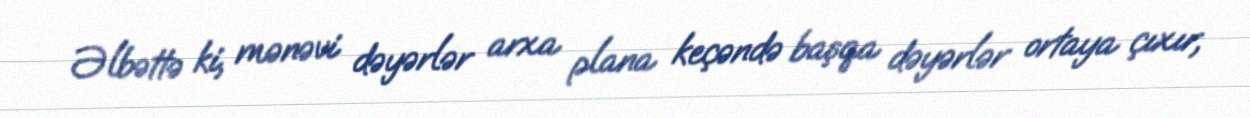
Əlbəttə ki, mənəvi dəyərlər arxa plana keçəndə başqa dəyərlər ortaya çıxır,